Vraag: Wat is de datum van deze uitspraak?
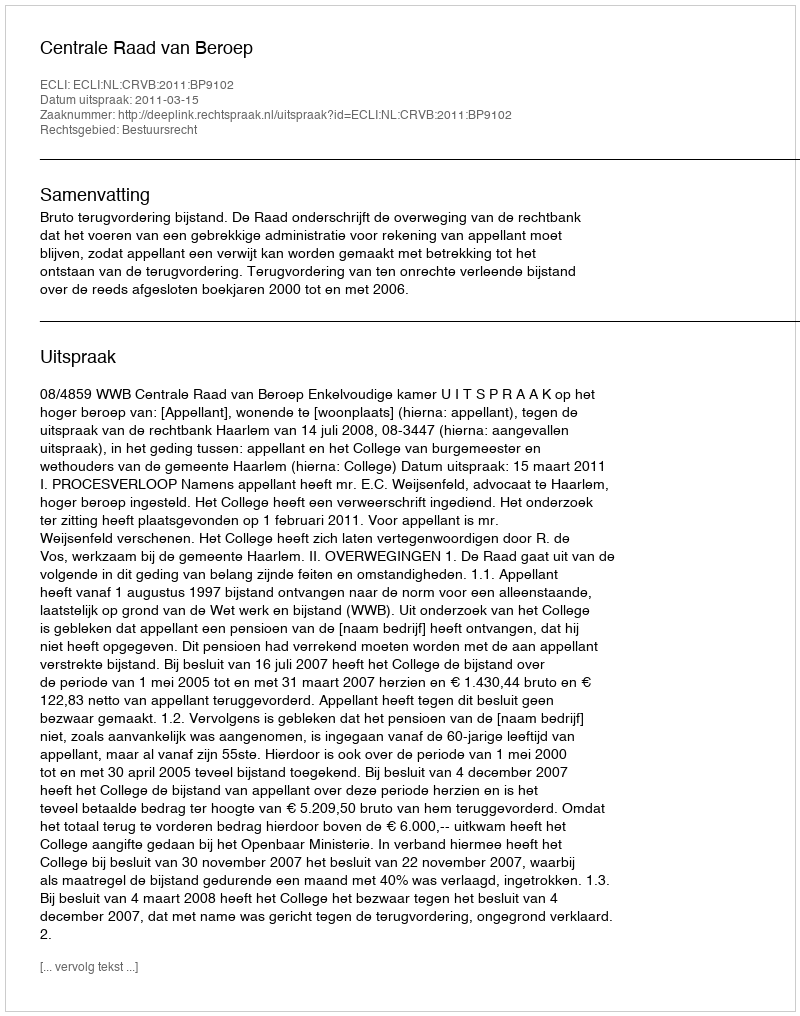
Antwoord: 2011-03-15